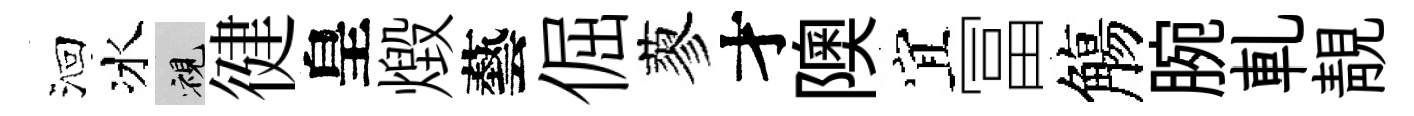
洄冰視徤皇燬藝倔蓼才隩宜冨觴腕軋靚